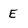
Character: E